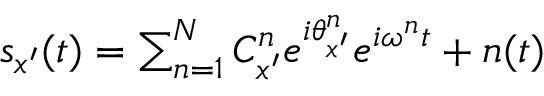
\begin{array} { r } { s _ { x ^ { \prime } } ( t ) = \sum _ { n = 1 } ^ { N } C _ { x ^ { \prime } } ^ { n } e ^ { i \theta _ { x ^ { \prime } } ^ { n } } e ^ { i \omega ^ { n } t } + n ( t ) } \end{array}